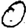
Digit: 0